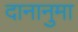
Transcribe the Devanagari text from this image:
दानानुमा